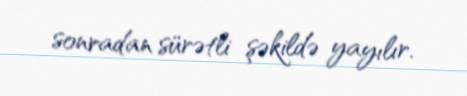
sonradan sürətli şəkildə yayılır.